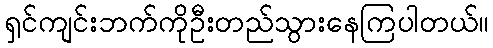
ရှင်ကျင်းဘက်ကိုဦးတည်သွားနေကြပါတယ်။